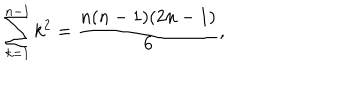
\sum _ { k = 1 } ^ { n - 1 } k ^ { 2 } = \frac { n ( n - 1 ) ( 2 n - 1 ) } { 6 } ,